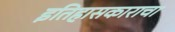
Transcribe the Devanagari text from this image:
इतिहासकाराचा